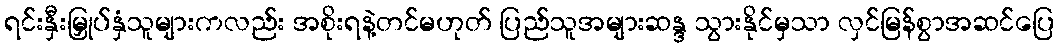
ရင်းနှီးမြှုပ်နှံသူများကလည်း အစိုးရနဲ့တင်မဟုတ် ပြည်သူအများဆန္ဒ သွားနိုင်မှသာ လှင်မြန်စွာအဆင်ပြေ